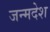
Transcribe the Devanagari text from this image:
जन्मदेश